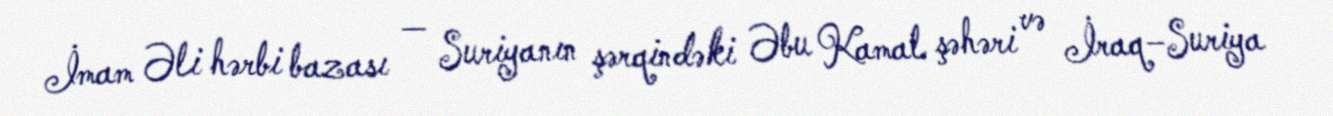
İmam Əli hərbi bazası — Suriyanın şərqindəki Əbu Kamal şəhəri və İraq–Suriya